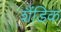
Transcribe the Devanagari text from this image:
शैंडिक